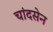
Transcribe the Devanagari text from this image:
चांदसेन